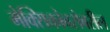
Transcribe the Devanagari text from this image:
मेक्सिकोबरोबरील